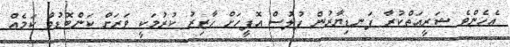
އެހެންވެ ޝަރީއަތްކުރާ ފަނޑިޔާރުން ފުލުސް އޮފީހަށް ހާޒިރު ކުރުމަކީ ވަރަށް ކަންބޮޑުވާ ކަމެއް